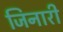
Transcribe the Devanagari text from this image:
जिनारी